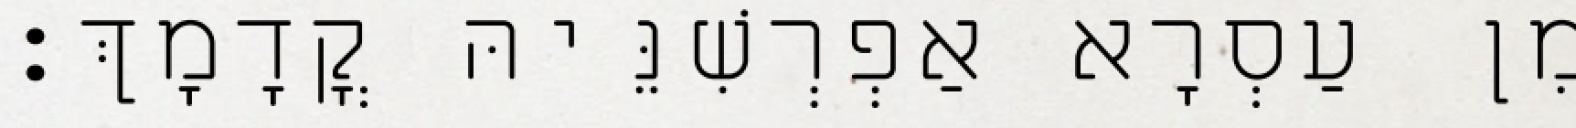
מִן עַסְרָא אַפְרְשִׁנֵּיהּ קֳדָמָךְ׃